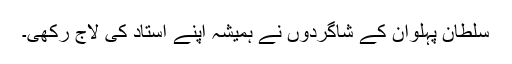
سلطان پہلوان کے شاگردوں نے ہمیشہ اپنے استاد کی لاج رکھی۔